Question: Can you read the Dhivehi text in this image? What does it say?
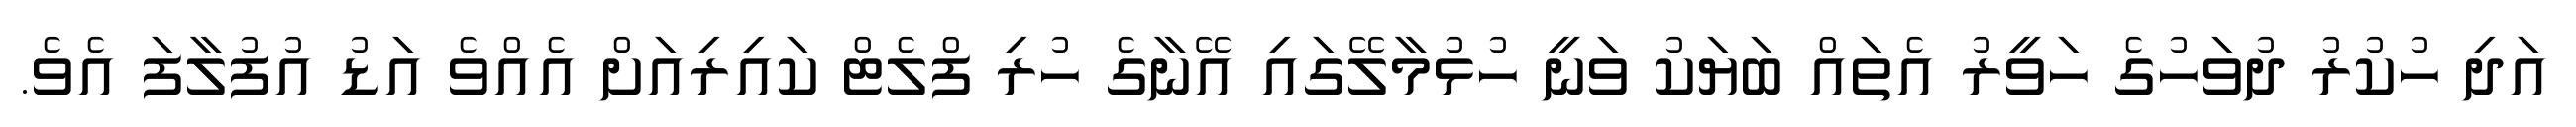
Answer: އަދި ހުކުރު ދުވަހުގެ ހަވީރު އެތައް ބަޔަކު ވަނީ ހުޅުމާލޭގައި އޭނާގެ ހުރި ފްލެޓް ކައިރިއަށް އެއްވެ އަޑު އުފުލާފަ އެވެ.